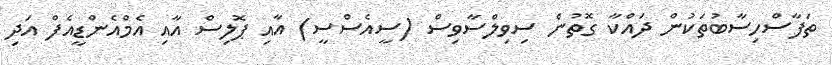
ތަފާސްހިސާބުތަކުން ދައްކާ ގޮތުން ސިވިލްސާވިސް (ސީއެސްސީ) އާއި ޕޮލިސް އާއި އެމްއެންޑީއެފް އަދި